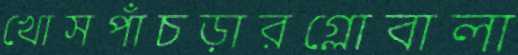
খোসপাঁচড়ারগ্লোবালা